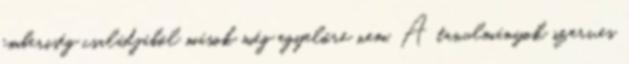
emberiség családjából mások még egyelőre nem. A tanulmányok szerves